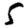
Digit: 5